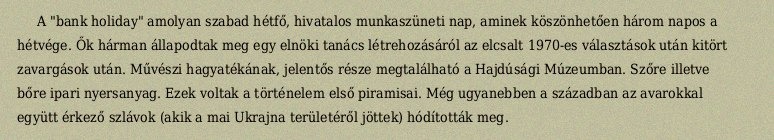
A "bank holiday" amolyan szabad hétfő, hivatalos munkaszüneti nap, aminek köszönhetően három napos a hétvége. Ők hárman állapodtak meg egy elnöki tanács létrehozásáról az elcsalt 1970-es választások után kitört zavargások után. Művészi hagyatékának, jelentős része megtalálható a Hajdúsági Múzeumban. Szőre illetve bőre ipari nyersanyag. Ezek voltak a történelem első piramisai. Még ugyanebben a században az avarokkal együtt érkező szlávok (akik a mai Ukrajna területéről jöttek) hódították meg.